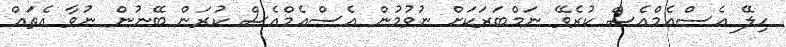
ހިލޭ އެސްއެމްއެސް ކުރެވޭ ނަމްބަރަކަށް ނުވުމުން އެސްއެމްއެސް ކުރަން ބޭނުން ނުވާ އެތައް